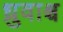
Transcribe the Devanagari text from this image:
ध्रुवाश्च